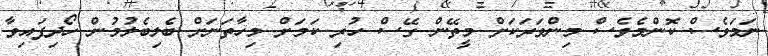
ނަމަވެސް ކޮންމެވެސް މިންވަރަކަށް މީތޭން ގޭސް ހުރި ކަމަށް މިހާތަނަށް ބެލިބެލުމުން ހޯދިފައިވާ